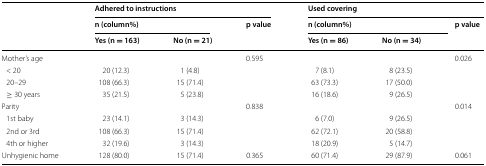
<table><thead><tr><td rowspan="3"></td><td colspan="3"><b>Adhered to instructions</b></td><td colspan="3"><b>Used covering</b></td></tr><tr><td colspan="2"><b>n (column%)</b></td><td rowspan="2"><b>p value</b></td><td colspan="2"><b>n (column%)</b></td><td rowspan="2"><b>p value</b></td></tr><tr><td><b>Yes (n = 163)</b></td><td><b>No (n = 21)</b></td><td><b>Yes (n = 86)</b></td><td><b>No (n = 34)</b></td></tr></thead><tbody><tr><td>Mother’s age</td><td></td><td></td><td rowspan="4">0.595</td><td></td><td></td><td rowspan="4">0.026</td></tr><tr><td> &lt; 20</td><td>20 (12.3)</td><td>1 (4.8)</td><td>7 (8.1)</td><td>8 (23.5)</td></tr><tr><td> 20–29</td><td>108 (66.3)</td><td>15 (71.4)</td><td>63 (73.3)</td><td>17 (50.0)</td></tr><tr><td> ≥ 30 years</td><td>35 (21.5)</td><td>5 (23.8)</td><td>16 (18.6)</td><td>9 (26.5)</td></tr><tr><td>Parity</td><td></td><td></td><td rowspan="4">0.838</td><td></td><td></td><td rowspan="4">0.014</td></tr><tr><td> 1st baby</td><td>23 (14.1)</td><td>3 (14.3)</td><td>6 (7.0)</td><td>9 (26.5)</td></tr><tr><td> 2nd or 3rd</td><td>108 (66.3)</td><td>15 (71.4)</td><td>62 (72.1)</td><td>20 (58.8)</td></tr><tr><td> 4th or higher</td><td>32 (19.6)</td><td>3 (14.3)</td><td>18 (20.9)</td><td>5 (14.7)</td></tr><tr><td>Unhygienic home</td><td>128 (80.0)</td><td>15 (71.4)</td><td>0.365</td><td>60 (71.4)</td><td>29 (87.9)</td><td>0.061</td></tr></tbody></table>